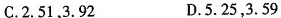
C.2.51，3.92 D.5.25，3.59